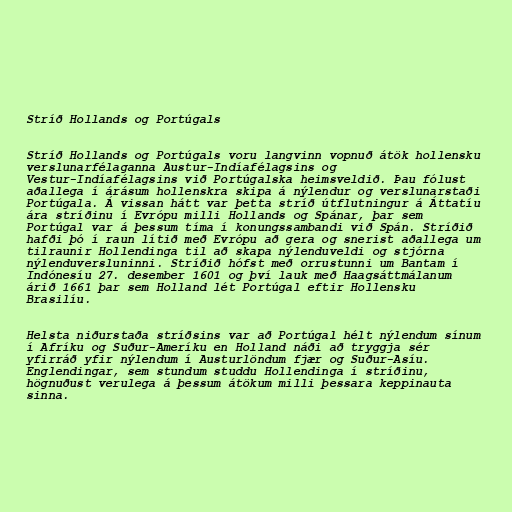
Stríð Hollands og Portúgals

Stríð Hollands og Portúgals voru langvinn vopnuð átök hollensku
verslunarfélaganna Austur-Indíafélagsins og
Vestur-Indíafélagsins við Portúgalska heimsveldið. Þau fólust
aðallega í árásum hollenskra skipa á nýlendur og verslunarstaði
Portúgala. Á vissan hátt var þetta stríð útflutningur á Áttatíu
ára stríðinu í Evrópu milli Hollands og Spánar, þar sem
Portúgal var á þessum tíma í konungssambandi við Spán. Stríðið
hafði þó í raun lítið með Evrópu að gera og snerist aðallega um
tilraunir Hollendinga til að skapa nýlenduveldi og stjórna
nýlenduversluninni. Stríðið hófst með orrustunni um Bantam í
Indónesíu 27. desember 1601 og því lauk með Haagsáttmálanum
árið 1661 þar sem Holland lét Portúgal eftir Hollensku
Brasilíu.

Helsta niðurstaða stríðsins var að Portúgal hélt nýlendum sínum
í Afríku og Suður-Ameríku en Holland náði að tryggja sér
yfirráð yfir nýlendum í Austurlöndum fjær og Suður-Asíu.
Englendingar, sem stundum studdu Hollendinga í stríðinu,
högnuðust verulega á þessum átökum milli þessara keppinauta
sinna.